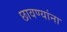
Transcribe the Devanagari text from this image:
छावण्यांना